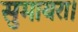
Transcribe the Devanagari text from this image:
सुमायरा।